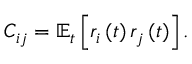
C _ { i j } = \mathbb { E } _ { t } \left[ r _ { i } \left( t \right) r _ { j } \left( t \right) \right] .